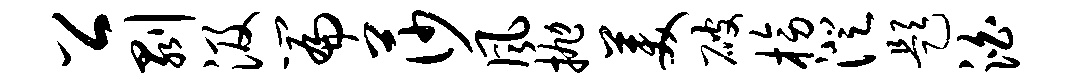
公剥汲篇莎风抛美破榜澄题泊